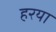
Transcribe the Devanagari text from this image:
हरया